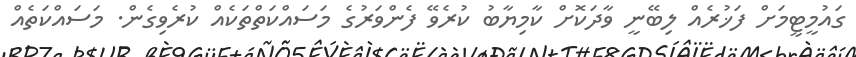
ގައުމީޓީމަށް ފަޚުރެއް ލިބޭނީ ވާދަކޮށް ކާމިޔާބު ކުރެވޭ ފެންވަރުގެ މަސައްކަތްތަކެއް ކުރެވިގެން. މަސައްކަތެއް